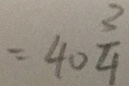
= 4 0 \frac { 3 } { 4 }